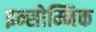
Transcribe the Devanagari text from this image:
इन्सोम्निक